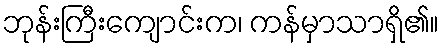
ဘုန်းကြီးကျောင်းက၊ ကန်မှာသာရှိ၏။